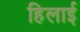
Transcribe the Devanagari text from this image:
हिलाई